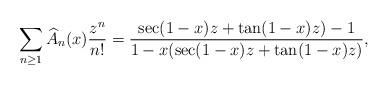
LaTeX: \begin{align*}\sum_{n\geq 1}\widehat{A}_{n}(x)\frac{z^n}{n!}=\frac{\sec(1-x)z+\tan(1-x)z)-1}{1-x(\sec(1-x)z+\tan(1-x)z)},\end{align*}